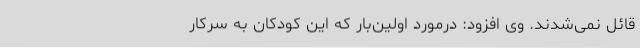
قائل نمی‌شدند. وی افزود: درمورد اولین‌بار که این کودکان به سرکار